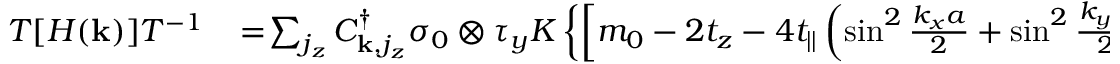
\begin{array} { r l } { { \cal T } [ H ( { \bf k } ) ] { \cal T } ^ { - 1 } } & { { } \! = \! \sum _ { j _ { z } } C _ { { \bf k } , j _ { z } } ^ { \dagger } \sigma _ { 0 } \otimes \tau _ { y } { \cal K } \left\{ \left[ m _ { 0 } - 2 t _ { z } - 4 t _ { | | } \left( \sin ^ { 2 } \frac { k _ { x } a } { 2 } + \sin ^ { 2 } \frac { k _ { y } a } { 2 } \right) \right] \sigma _ { 0 } \otimes \tau _ { z } \right. } \end{array}